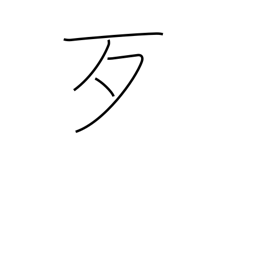
Meaning: bare bone